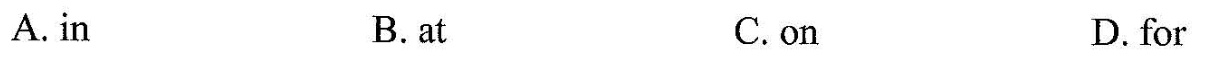
A. in B. at C.on D. for